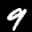
Label: 9